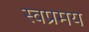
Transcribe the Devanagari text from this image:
स्वप्रमय